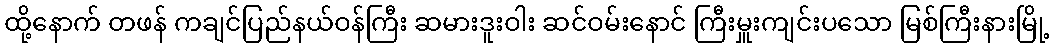
ထို့နောက် တဖန် ကချင်ပြည်နယ်ဝန်ကြီး ဆမားဒူးဝါး ဆင်ဝမ်းနောင် ကြီးမှူးကျင်းပသော မြစ်ကြီးနားမြို့